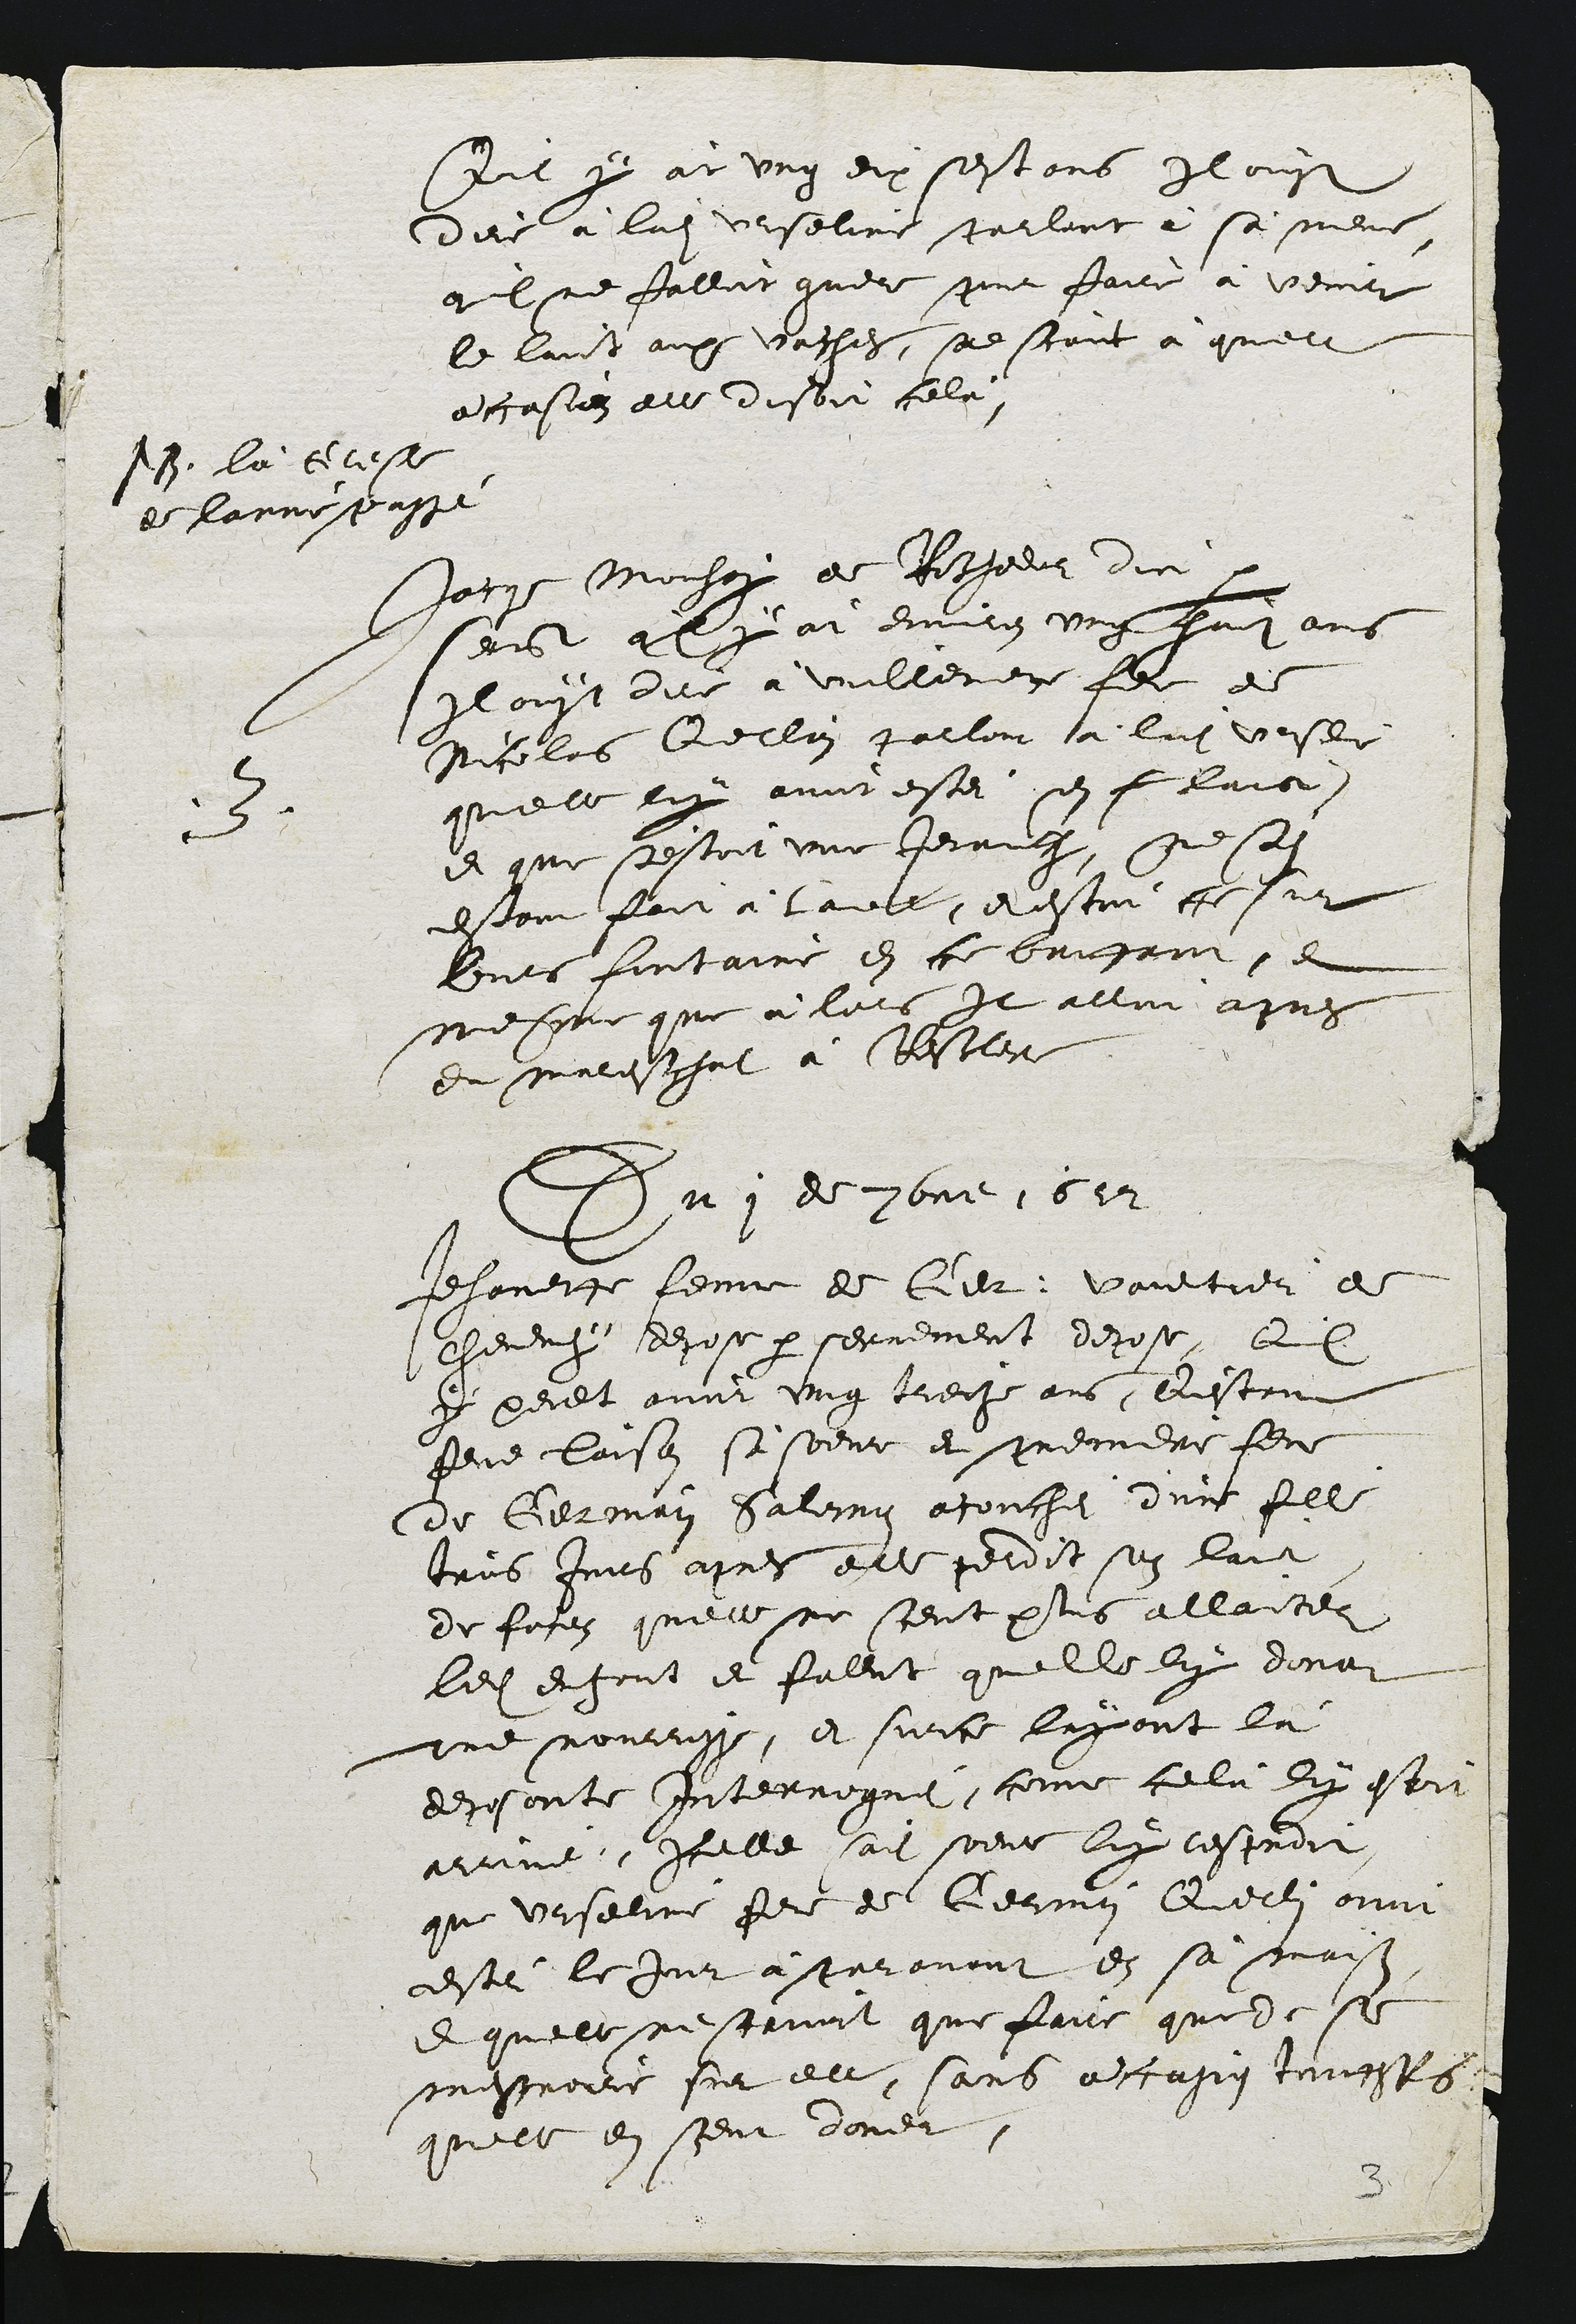
soil y àt ung dix sestans Il ouyt
dire à ladite Urseline parlant à sà mene,
qul ne falloit guere pour faire à venir
le laict aux vaches, se scant à quelle
accasiez elle disoit cele,

1B la tilese
de hanne passe

3
Jatr Mochor de Rochelur dic par
serbt aly àt environ ung hait ans
Il ouyt dire à vuillemete fel de
Nicolas Qelliin parloit à ladite vesle
quelle luy avoit estei sn fe laic
et que s'estoit une Jeruche, ne sont
estant foit à l'aebe, et estoit ce sur
lurs fontaine en ce couhant e
mesqme que à lors Il alloit apres
du marestgat à Besclere

Du 1 de pone 1612

Jehanete feme de Car Voultier de
Cheveny depose par serrement depose, aul
y peult avoir ung trecze ans, Qestant
feue laison si soeur et premidre feme
de Germain Salemyn atouchei dune fille
trois Juirs apres eslle perdit son laict
de fosez quelle ne sceut plus allaites
ledit enfant et falot quelle luy dona
une nourrisse, et surce l'ayant là
deposante interroguei, come celu dux este
arrine, Icelle sait peul luy resproit
que Urseline fer de Germin Querlin avoit
cestei le Jur à paravant en sa maison
ee quelle ne scavoit que faire que le se
messroiit sur elle, sans acasion touesss
quelle en seut doner,